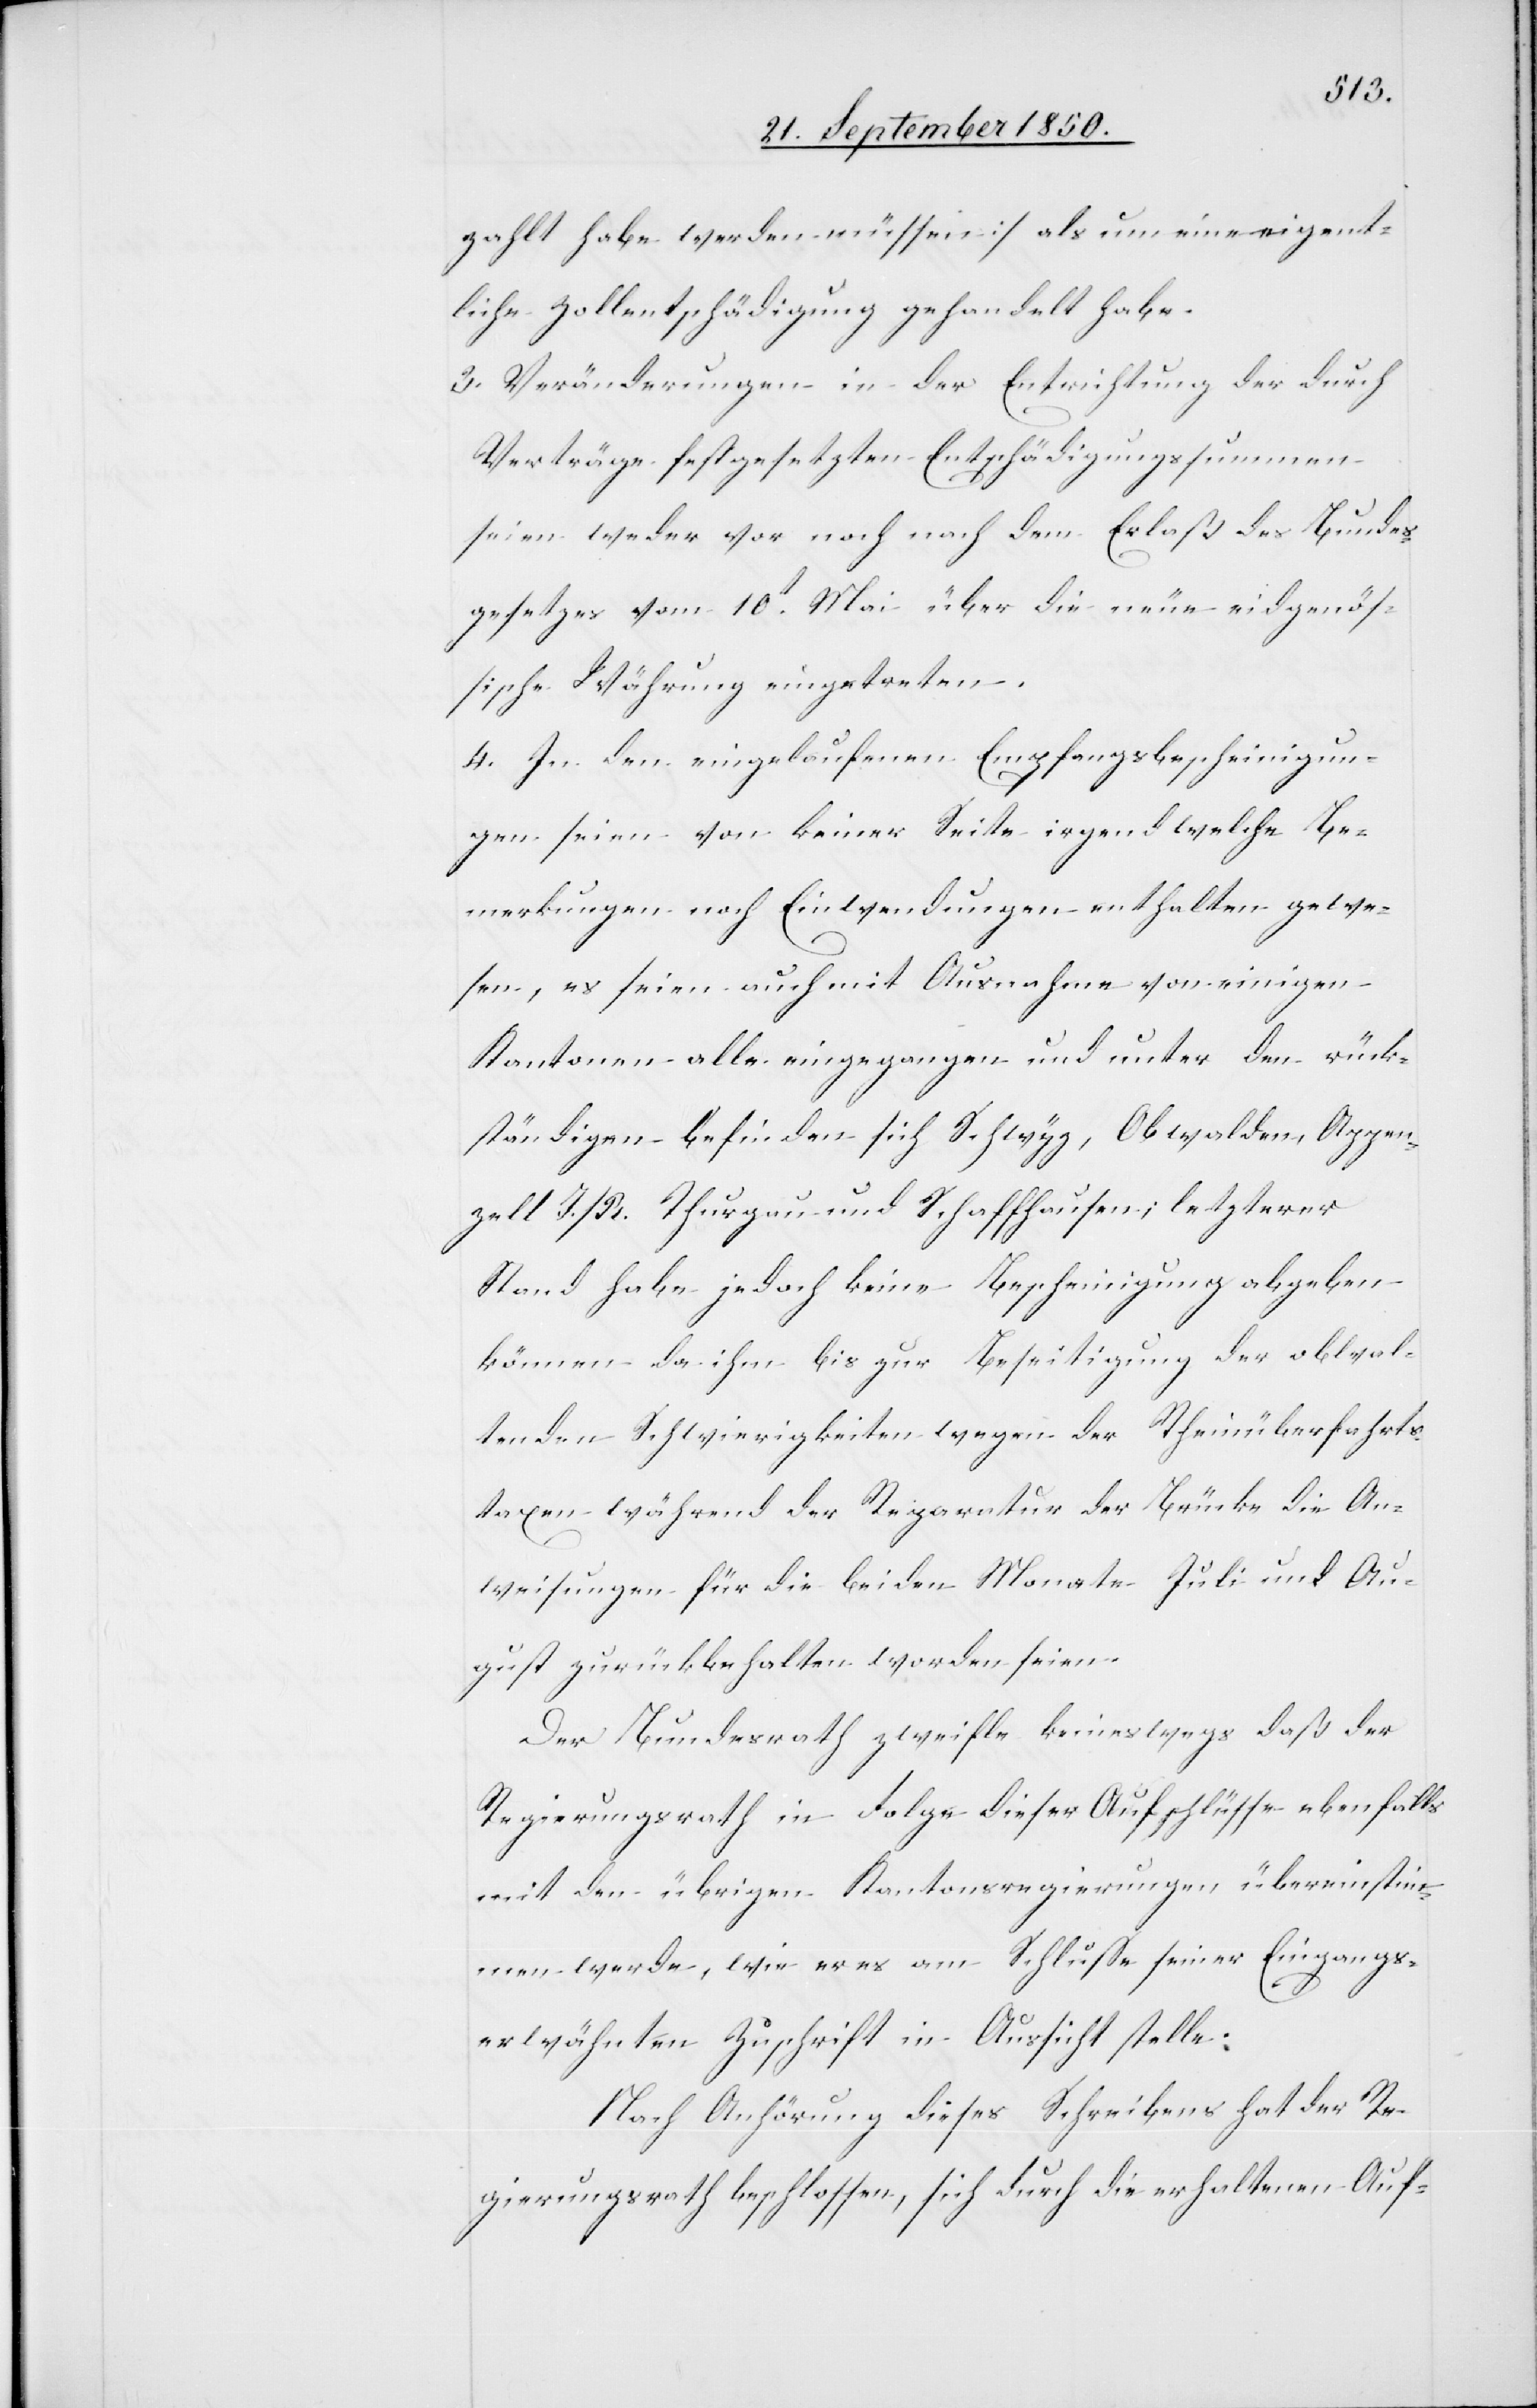
zahlt habe werden müssen] als um eine eigent¬
liche Zollentschädigung gehandelt habe.
3. Veränderungen in der Entrichtung der durch
Verträge festgesetzten Entschädigungssummen
seien weder vor noch nach dem Erlaß des Bundes¬
gesetzes vom 10t Mai über die neue eidgenös¬
sische Währung eingetreten.
4. In den eingelaufenen Empfangsbescheinigun¬
gen seien von keiner Seite irgendwelche Be¬
merkungen noch Einwendungen enthalten gewe¬
sen, es seien auch mit Ausnahme von einigen
Kantonen alle eingegangen und unter den rück¬
ständigen befinden sich Schwyz, Obwalden, Appen¬
zell I./R.[,] Thurgau und Schaffhausen; letzterer
Stand habe jedoch keine Bescheinigung abgeben
können da ihm bis zur Beseitigung der obwal¬
tenden Schwierigkeiten wegen der Rheinüberfahrts¬
taxen während der Reparatur der Brücke die An¬
weisungen für die beiden Monate Juli und Au¬
gust zurückbehalten worden seien.
Der Bundesrath zweifle keineswegs daß der
Regierungsrath in Folge dieser Aufschlüsse ebenfalls
mit den übrigen Kantonsregierungen übereinstim¬
men werde, wie er es am Schlusse seiner Eingangs¬
erwähnten Zuschrift in Aussicht stelle.
Nach Anhörung dieses Schreibens hat der Re¬
gierungsrath beschlossen, sich durch die erhaltenen Auf-